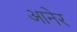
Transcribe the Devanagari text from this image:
आनेर